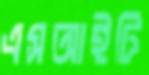
এসআইটি